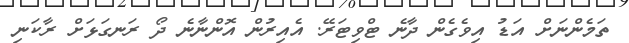
ތަމެންނަށް އަޑު އިވެގެން ދާނެ ޓްވިޓަރޭ. އެއިރުން އޮންނާނެ ދޯ ރަނގަޅަށް ރާކަނި